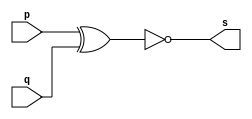
// ------------------------- 
// Exemplo0008 - xnor
// Nome: Eduardo Manoel de Paula Junior
// ------------------------- 

// ------------------------- 
// -- buffer 
// ------------------------- 
module xnorgate (output s, input p, input q); 
 assign s = ~(p^q) ; 
endmodule //xnorgate
 
// ------------------------- 
// -- test buffer 
// ------------------------- 
module xtestnorgate; 
// ------------------------- dados locais 
   reg   a, b;    // definir registrador 
                   // (variavel independente) 
   wire  s;    // definir conexao (fio) 
                   // (variavel dependente   ) 
// ------------------------- instancia 
   xnorgate XNOR1 (s, a, b); 
// ------------------------- preparacao 
   initial begin:start 
      a=0; b=0;
    end 
// ------------------------- parte principal 
 initial begin:main 
  $display("Exemplo 0008 - Eduardo Manoel - 427396"); 
  $display("Test norgate:"); 
  $display("\na XNOR b = s\n"); 
  $monitor(" %b XNOR %b = %b", a, b, s);
  #1 b=1;
  #2 a=1; b=0;
  #3 b=1;
 end 
 
endmodule // testxnorgate